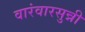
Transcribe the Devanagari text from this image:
वारंवारसुन्नी